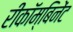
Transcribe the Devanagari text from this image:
रीकॉम्बिनेंट